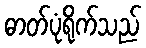
ဓာတ်ပုံရိုက်သည်